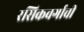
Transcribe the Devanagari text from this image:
रसिकवर्गाची